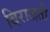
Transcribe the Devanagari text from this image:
बिराजती